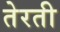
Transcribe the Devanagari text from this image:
तेरती